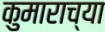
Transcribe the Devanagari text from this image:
कुमाराच्या